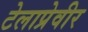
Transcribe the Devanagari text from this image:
टेलाप्रेवीर